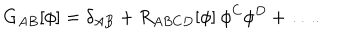
G _ { A B } [ \phi ] = \delta _ { A B } + R _ { A B C D } [ \phi ] \: \phi ^ { C } \phi ^ { D } + \ldots .